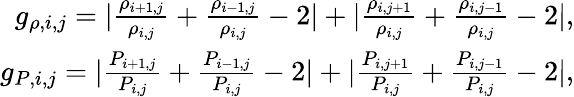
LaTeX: \begin{array}{r}{g_{\rho,i,j}=|\frac{\rho_{i+1,j}}{\rho_{i,j}}+\frac{\rho_{i-1,j}}{\rho_{i,j}}-2|+|\frac{\rho_{i,j+1}}{\rho_{i,j}}+\frac{\rho_{i,j-1}}{\rho_{i,j}}-2|,}\\ {g_{P,i,j}=|\frac{P_{i+1,j}}{P_{i,j}}+\frac{P_{i-1,j}}{P_{i,j}}-2|+|\frac{P_{i,j+1}}{P_{i,j}}+\frac{P_{i,j-1}}{P_{i,j}}-2|,}\end{array}